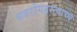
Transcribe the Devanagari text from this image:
भवरोगहरत्याच्च